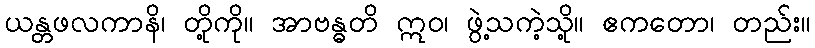
ယန္တဖလကာနိ၊ တို့ကို။ အာဗန္ဓတိ ဣဝ၊ ဖွဲ့သကဲ့သို့။ ဧကတော၊ တည်း။